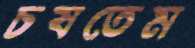
চষতেম